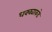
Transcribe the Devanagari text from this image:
धक्क्याकडे